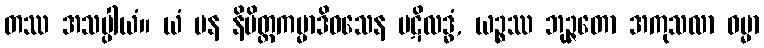
တဿ အသပ္ပါယံ။ ယံ ပန နိမိတ္တကမ္မာဒိဝသေန ပဋိလဒ္ဓံ, ယဉ္စဿ ဘုဉ္ဇတော အကုသလာ ဓမ္မာ